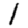
Digit: 1